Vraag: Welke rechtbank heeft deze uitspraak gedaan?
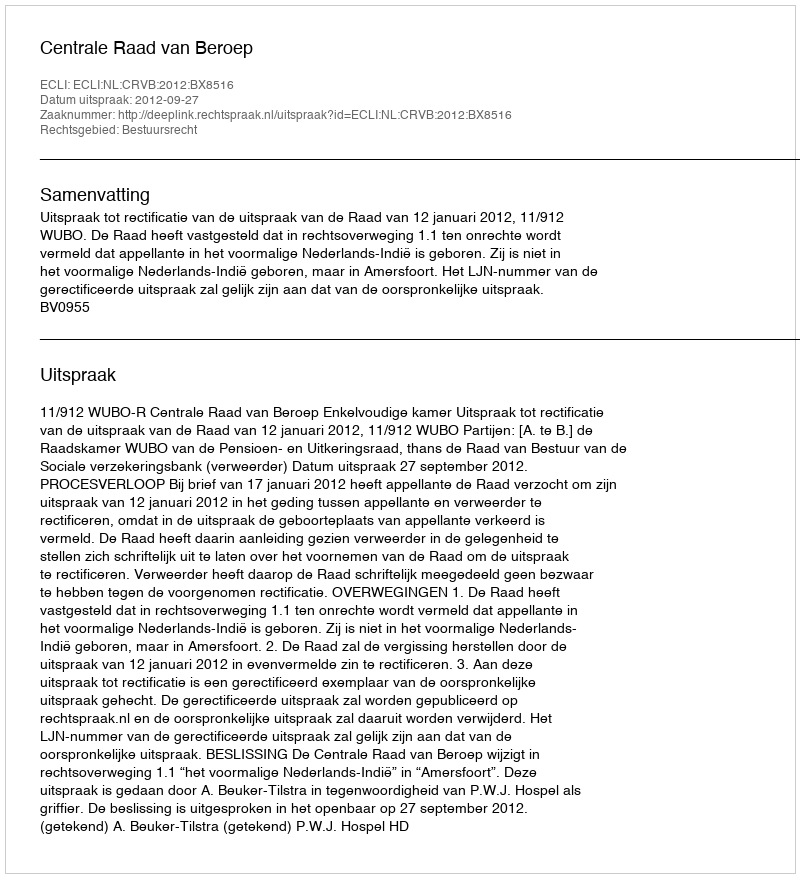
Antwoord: Centrale Raad van Beroep